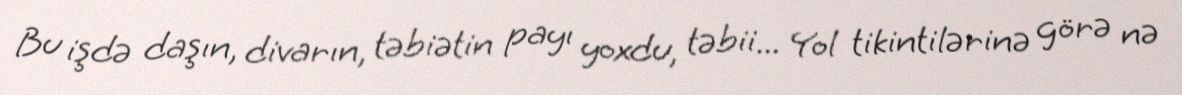
Bu işdə daşın, divarın, təbiətin payı yoxdu, təbii... Yol tikintilərinə görə nə